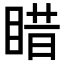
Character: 𥈣